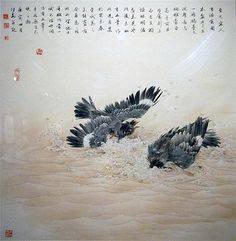
春色三分，二分尘土，一分流水。